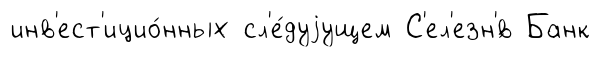
инв'ест'ицио́нных сл'е́дуjущем С'ел'езн'́в Банк